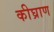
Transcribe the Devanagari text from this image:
कीघ्राण